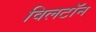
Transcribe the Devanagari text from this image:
विलटॉन